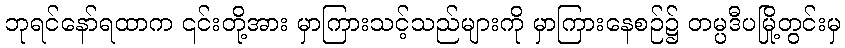
ဘုရင်နော်ရထာက ၎င်းတို့အား မှာကြားသင့်သည်များကို မှာကြားနေစဉ်၌ တမ္ပဒီပမြို့တွင်းမှ